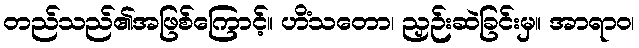
တည်သည်၏အဖြစ်ကြောင့်။ ဟိံသတော၊ ညှဉ်းဆဲခြင်းမှ။ အာရာဝ၊